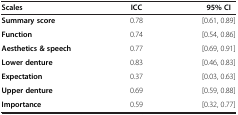
| Scales | ICC | 95% CI |
 | --- | --- | --- |
 | Summary score | 0.78 | [0.61, 0.89] |
 | Function | 0.74 | [0.54, 0.86] |
 | Aesthetics & speech | 0.77 | [0.69, 0.91] |
 | Lower denture | 0.83 | [0.46, 0.83] |
 | Expectation | 0.37 | [0.03, 0.63] |
 | Upper denture | 0.69 | [0.59, 0.88] |
 | Importance | 0.59 | [0.32, 0.77] |